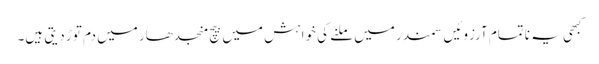
کبھی یہ ناتمام آرزوئیں سمندر میں ملنے کی خواہش میں بیچ منجدھار میں دم توڑ دیتی ہیں۔